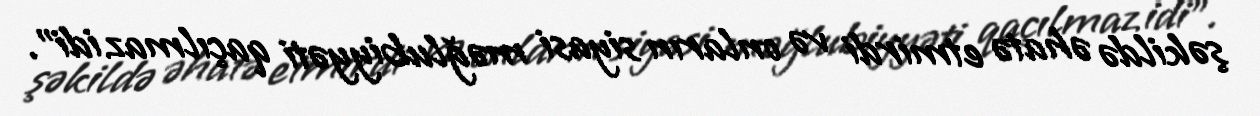
şəkildə əhatə etmirdi və onların siyasi məğlubiyyəti qaçılmaz idi”.